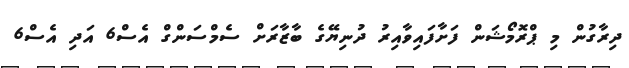
ދިރާގުން މި ޕްރޮމޯޝަން ފަށާފައިވާއިރު ދުނިޔޭގެ ބާޒާރަށް ސެމްސަންގް އެސް6 އަދި އެސް6